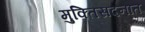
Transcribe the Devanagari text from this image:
मुक्तिसदनात